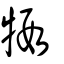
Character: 犌